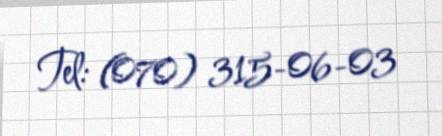
Tel: (070) 315-06-03